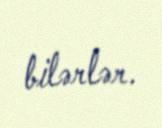
bilərlər.